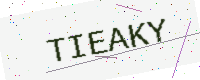
Text: TIEAKY